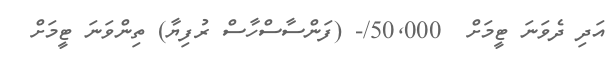
އަދި ދެވަނަ ޓީމަށް  50